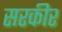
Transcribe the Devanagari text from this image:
सरकीर